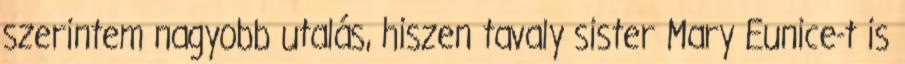
szerintem nagyobb utalás, hiszen tavaly sister Mary Eunice-t is